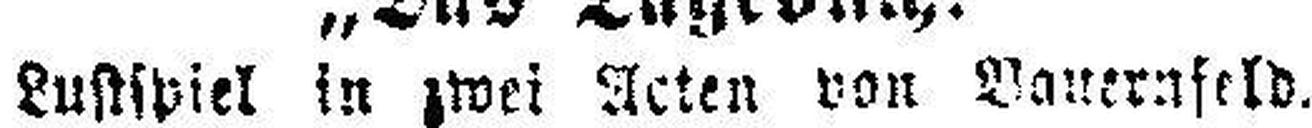
Lustspiel in zwei Aeten von Bauernfeld.